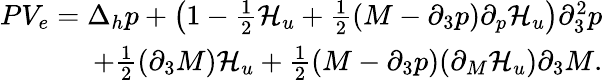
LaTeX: \begin{array}{r}{PV_{e}=\Delta_{h}p+\left(1-\frac{1}{2}\mathcal{H}_{u}+\frac{1}{2}(M-\partial_{3}p)\partial_{p}\mathcal{H}_{u}\right)\partial_{3}^{2}p}\\ {+\frac{1}{2}(\partial_{3}M)\mathcal{H}_{u}+\frac{1}{2}(M-\partial_{3}p)(\partial_{M}\mathcal{H}_{u})\partial_{3}M.}\end{array}